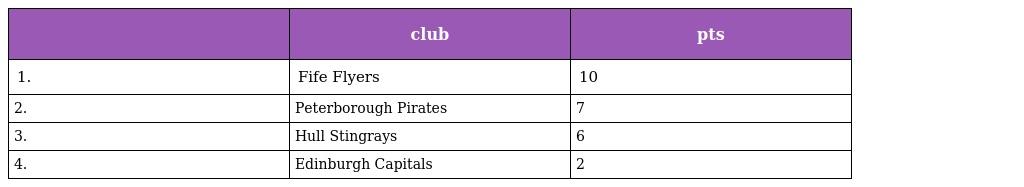
|  | club | pts |
 | --- | --- | --- |
 | 1. | Fife Flyers | 10 |
 | 2. | Peterborough Pirates | 7 |
 | 3. | Hull Stingrays | 6 |
 | 4. | Edinburgh Capitals | 2 |